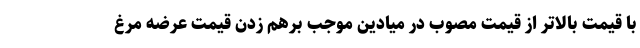
با قیمت بالاتر از قیمت مصوب در میادین موجب برهم زدن قیمت عرضه مرغ